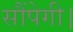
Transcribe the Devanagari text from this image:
सौंपेगी।